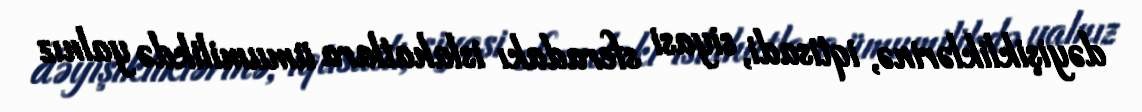
dəyişikliklərinə, iqtisadi, siyasi sferadakı islahatlara ümumilikdə yalnız